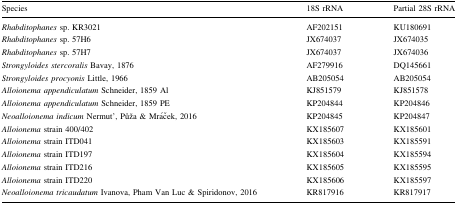
| Species | 18S rRNA | Partial 28S rRNA |
 | --- | --- | --- |
 | Rhabditophanes sp. KR3021 | AF202151 | KU180691 |
 | Rhabditophanes sp. 57H6 | JX674037 | JX674035 |
 | Rhabditophanes sp. 57H7 | JX674037 | JX674036 |
 | Strongyloides stercoralis Bavay, 1876 | AF279916 | DQ145661 |
 | Strongyloides procyonis Little, 1966 | AB205054 | AB205054 |
 | Alloionema appendiculatum Schneider, 1859 Al | KJ851579 | KJ851578 |
 | Alloionema appendiculatum Schneider, 1859 PE | KP204844 | KP204846 |
 | Neoalloionema indicum Nermuť, Půža & Mráček, 2016 | KP204845 | KP204847 |
 | Alloionema strain 400/402 | KX185607 | KX185601 |
 | Alloionema strain ITD041 | KX185603 | KX185591 |
 | Alloionema strain ITD197 | KX185604 | KX185594 |
 | Alloionema strain ITD216 | KX185605 | KX185595 |
 | Alloionema strain ITD220 | KX185606 | KX185597 |
 | Neoalloionema tricaudatum Ivanova, Pham Van Luc & Spiridonov, 2016 | KR817916 | KR817917 |